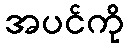
အပင်ကို